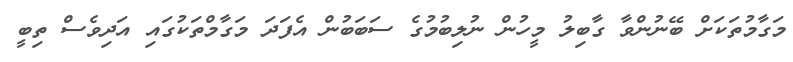
މަގާމުތަކަށް ބޭނުންވާ ގާބިލު މީހުން ނުލިބުމުގެ ސަބަބުން އެފަދަ މަގާމްތަކުގައި އަދިވެސް ތިބީ